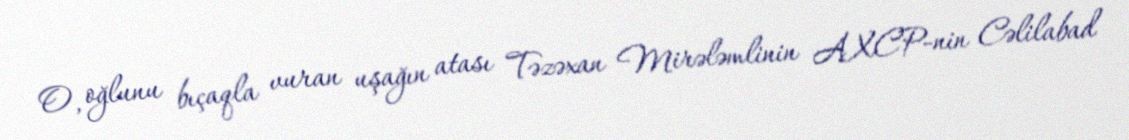
O, oğlunu bıçaqla vuran uşağın atası Təzəxan Mirələmlinin AXCP-nin Cəlilabad